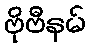
ဗိုဗီနမ်